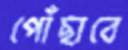
পোঁছাবে